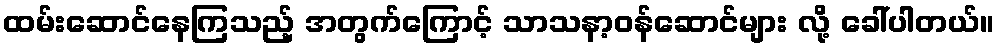
ထမ်းဆောင်နေကြသည့် အတွက်ကြောင့် သာသနာ့ဝန်ဆောင်များ လို့ ခေါ်ပါတယ်။